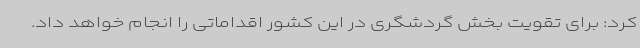
کرد: برای تقویت بخش گردشگری در این کشور اقداماتی را انجام خواهد داد.